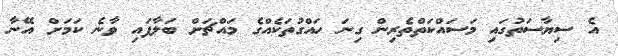
އެ ސިޔާސަތުގައި މަސައްކަތްތެރިން ގިނަ ހައްގުތަކެއްގެ މައްޗަށް ބަލާފައި ވާނެ ކަމަށް އޭނާ